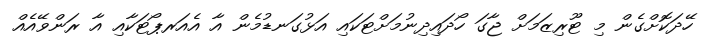
ހޭދަކޮށްގެން މި ޓޫރިޒަމަށް ޖާގަ ހޯދައިދިނުމަށްޓަކައި އަޅުގަނޑުމެން އާ އެއަރޕޯޓަކާއި އާ ރަންވޭއެއް